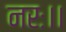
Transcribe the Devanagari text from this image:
नरः।।